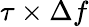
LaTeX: \tau\times\Delta f